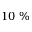
1 0 ~ \%